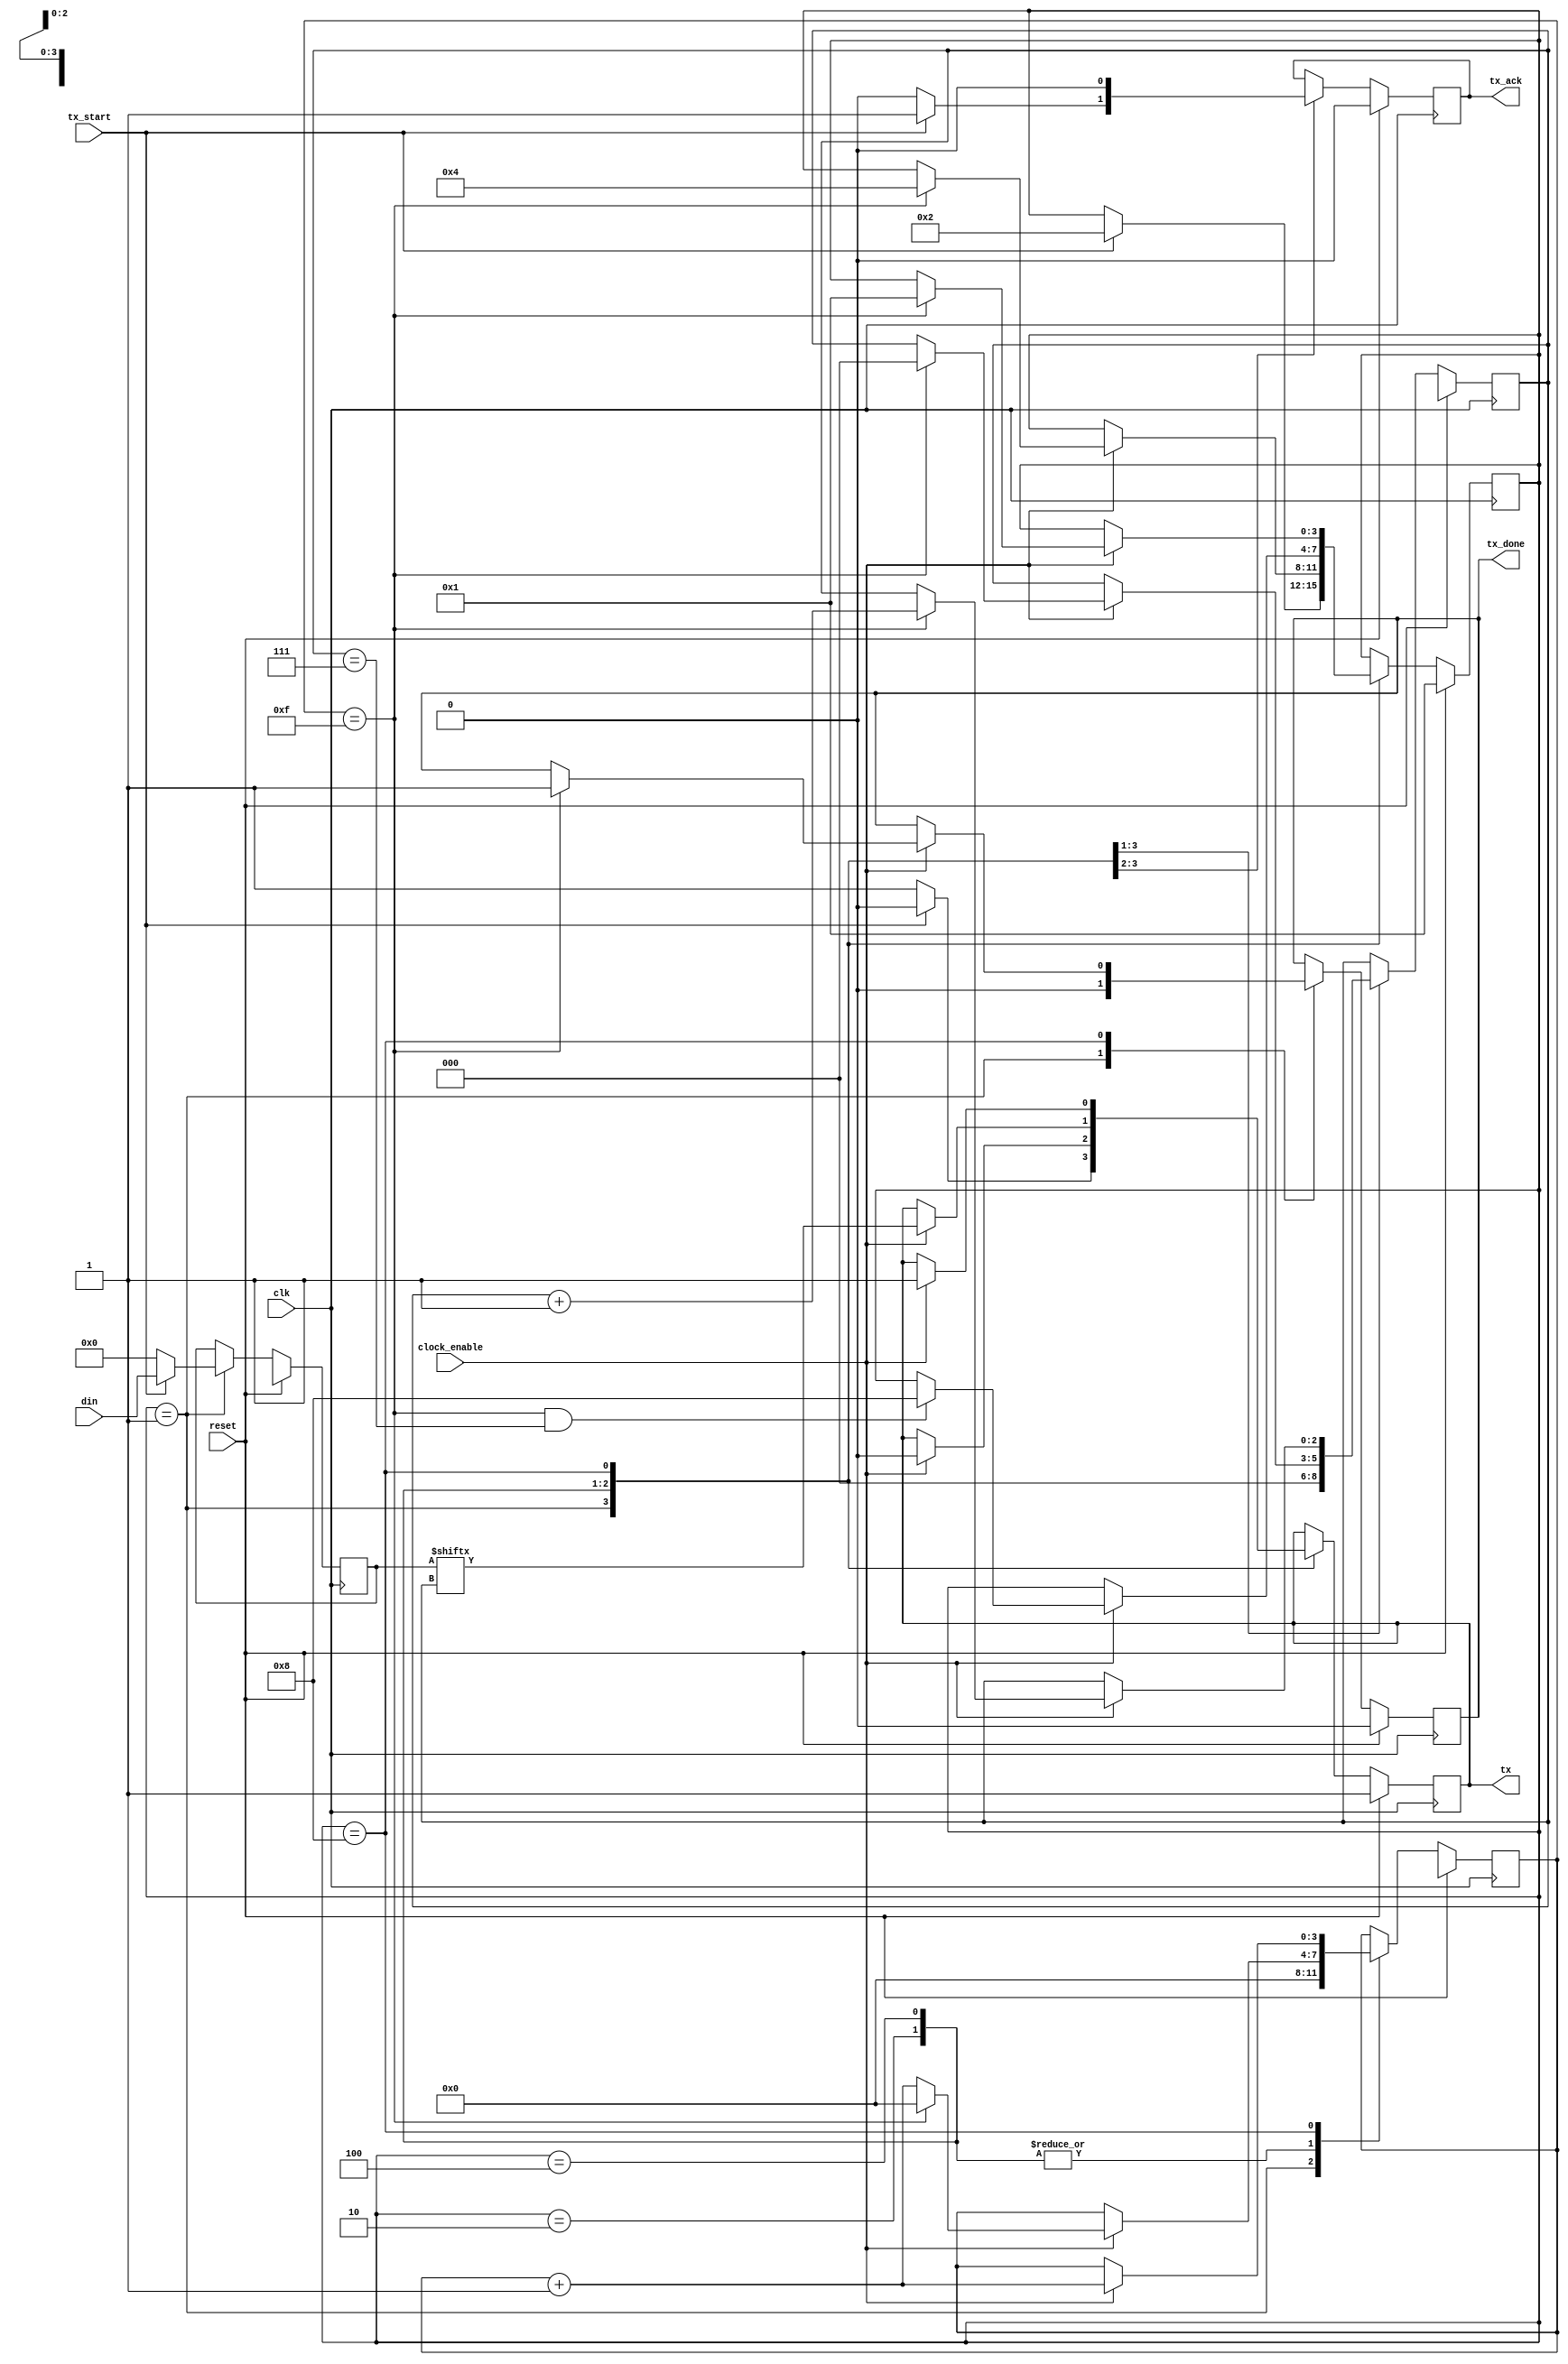
/*
	Reference: FPGA prototyping, Pong P. Chu, 2008
	Implemented by: Jacob Roth
*/

module uart_tx
	(
		input wire clk, reset,
		input wire tx_start, clock_enable,
		input wire [7:0] din,
		output reg tx_done,tx_ack,
		output wire tx
	);
	
	// UART configuration.. This is custom and not full protocol and does not parity
	
	localparam
		DBIT = 8,		// #data size, 1 byte
		SB_TICK = 16;	// #ticks for a stop bit. This means the stop signal is 1 bit
		

		
	reg [3:0] s_reg;	// Sample counter register. Each bit is sampled 16 times.
	reg [2:0] n_reg;	// Bit counter register. There are 8bits in each transmission
	reg [7:0] b_reg;	// Bit data register. Holds the received data bits for transmission.
	reg tx_reg=1'b1;	// Holds the current bit for transmission.
	assign tx = tx_reg;
	

	// FSM
	localparam [3:0]
		IDLE	= 4'b0001,
		START	= 4'b0010,
		DATA	= 4'b0100,
		STOP	= 4'b1000;
	
	// State register for FSM
	reg [3:0] state = IDLE;

	always @(posedge clk)
	begin: FSM
		if (reset)
			begin
				state <= IDLE;
				s_reg <= 4'bXXXX;
				n_reg <= 3'bXXX;
				b_reg <= 8'bXXXX_XXXX;
				tx_done <=1'b0;
				tx_reg<=1'b1;
				tx_ack <= 1'b0;
			end
		else begin
			case (state)
			
				IDLE:
					begin
						s_reg <= 4'b0000;
						n_reg <= 3'b000;
						tx_done <= 1'b0;
						b_reg <= 8'b0000_0000;
						tx_reg <=1'b1;
						tx_ack <= 1'b0;
						if( tx_start )					// start bit begin
							begin
								state <= START;
								tx_reg<=1'b0;			// start low ports
								b_reg <= din;			// Copy din to the data register
								tx_ack <= 1'b1;		// Got the command
							end
					end
				
				START:
					begin
						tx_ack <= 1'b0;
						if ( clock_enable) 
						begin
							s_reg <= s_reg + 1'b1;
							tx_reg <= 1'b0;
							if ( s_reg == 15 )			// There are 16 samples per bit. Start signal is one bit low.
								begin
									state	<= DATA;			// NSL
									s_reg	<= 0;
									n_reg	<= 0;
								end
						end
					end
				
				DATA:
					begin
						if ( clock_enable )
						begin
							s_reg <= s_reg + 1'b1;
							tx_reg <= b_reg[n_reg];
							
							if (s_reg == 15 )
								begin
									s_reg <= 0;
									n_reg <= n_reg + 1'b1;
								end
							
							if ( s_reg == 15 && n_reg == (DBIT - 1 ))
								begin
									state <= STOP;				// NSL
								end
						end
					end
					
				STOP:
					begin
						if( clock_enable )
						begin
							s_reg <= s_reg + 1'b1;
							tx_reg <= 1'b1;
							if( s_reg == (SB_TICK - 1 ))	// Copy the data bits to the output register and set the done flag.
								begin
									tx_done <= 1'b1;
									state <= IDLE;				// NSL
								end
						end
					end				
			endcase
		end
	end
	
endmodule